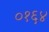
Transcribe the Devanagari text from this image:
०१६४